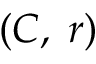
\textstyle ( C , \; r )